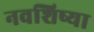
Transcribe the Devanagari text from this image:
नवशिष्या